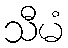
သီမံ